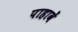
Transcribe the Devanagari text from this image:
पाहावें